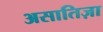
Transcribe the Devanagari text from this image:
असातिज़ा